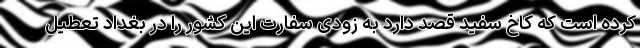
کرده است که کاخ سفید قصد دارد به زودی سفارت این کشور را در بغداد تعطیل